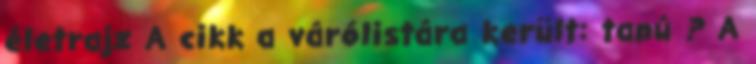
életrajz A cikk a várólistára került: tanú ? A